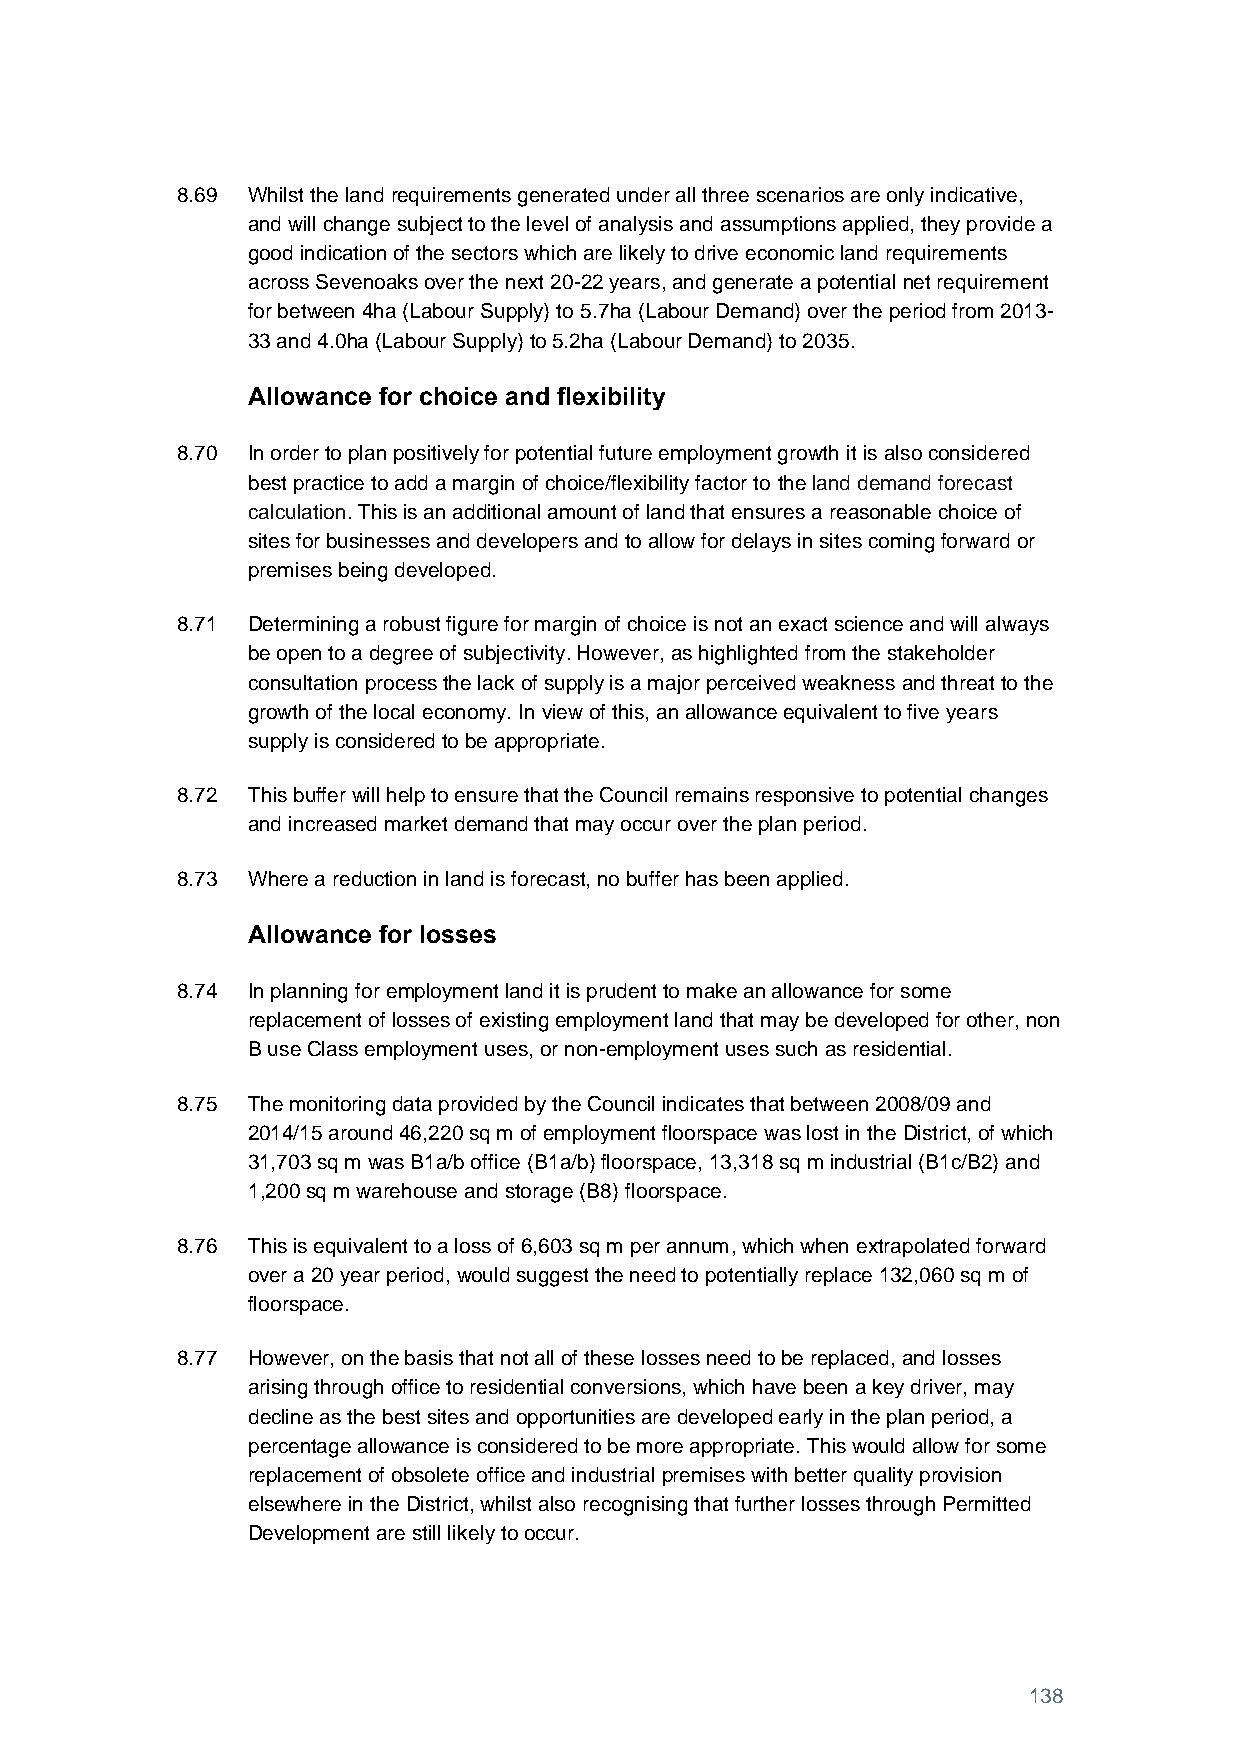
8.69 Whilst the land requirements generated under all three scenarios are only indicative,
 and will change subject to the level of analysis and assumptions applied, they provide a
 good indication of the sectors which are likely to drive economic land requirements
 across Sevenoaks over the next 20-22 years, and generate a potential net requirement
 for between 4ha (Labour Supply) to 5.7ha (Labour Demand) over the period from 2013-
 33 and 4.0ha (Labour Supply) to 5.2ha (Labour Demand) to 2035.
 Allowance for choice and flexibility
 8.70 In order to plan positively for potential future employment growth it is also considered
 best practice to add a margin of choice/flexibility factor to the land demand forecast
 calculation. This is an additional amount of land that ensures a reasonable choice of
 sites for businesses and developers and to allow for delays in sites coming forward or
 premises being developed.
 8.71 Determining a robust figure for margin of choice is not an exact science and will always
 be open to a degree of subjectivity. However, as highlighted from the stakeholder
 consultation process the lack of supply is a major perceived weakness and threat to the
 growth of the local economy. In view of this, an allowance equivalent to five years
 supply is considered to be appropriate.
 8.72 This buffer will help to ensure that the Council remains responsive to potential changes
 and increased market demand that may occur over the plan period.
 8.73 Where a reduction in land is forecast, no buffer has been applied.
 Allowance for losses
 8.74 In planning for employment land it is prudent to make an allowance for some
 replacement of losses of existing employment land that may be developed for other, non
 B use Class employment uses, or non-employment uses such as residential.
 8.75 The monitoring data provided by the Council indicates that between 2008/09 and
 2014/15 around 46,220 sq m of employment floorspace was lost in the District, of which
 31,703 sq m was B1a/b office (B1a/b) floorspace, 13,318 sq m industrial (B1c/B2) and
 1,200 sq m warehouse and storage (B8) floorspace.
 8.76 This is equivalent to a loss of 6,603 sq m per annum, which when extrapolated forward
 over a 20 year period, would suggest the need to potentially replace 132,060 sq m of
 floorspace.
 8.77 However, on the basis that not all of these losses need to be replaced, and losses
 arising through office to residential conversions, which have been a key driver, may
 decline as the best sites and opportunities are developed early in the plan period, a
 percentage allowance is considered to be more appropriate. This would allow for some
 replacement of obsolete office and industrial premises with better quality provision
 elsewhere in the District, whilst also recognising that further losses through Permitted
 Development are still likely to occur.
 138